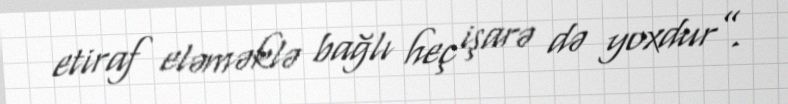
etiraf eləməklə bağlı heç işarə də yoxdur”.